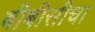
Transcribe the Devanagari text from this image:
बीबीसीचा